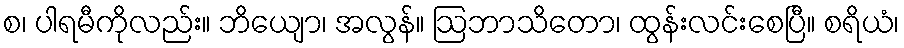
စ၊ ပါရမီကိုလည်း။ ဘိယျော၊ အလွန်။ ဩဘာသိတော၊ ထွန်းလင်းစေပြီ။ စရိယံ၊